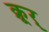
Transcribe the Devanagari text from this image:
क्रूर्